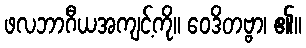
ဖလဘာဂီယအကျင့်ကို။ ဝေဒိတဗ္ဗာ၊ ၏။